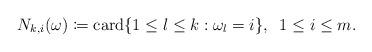
LaTeX: \begin{align*}N_{k,i}(\omega)\coloneqq{\rm card}\{1\leq l\leq k:\omega_{l}=i\},\;\;1\leq i\leq m.\end{align*}